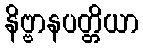
နိဗ္ဗာနပတ္တိယာ